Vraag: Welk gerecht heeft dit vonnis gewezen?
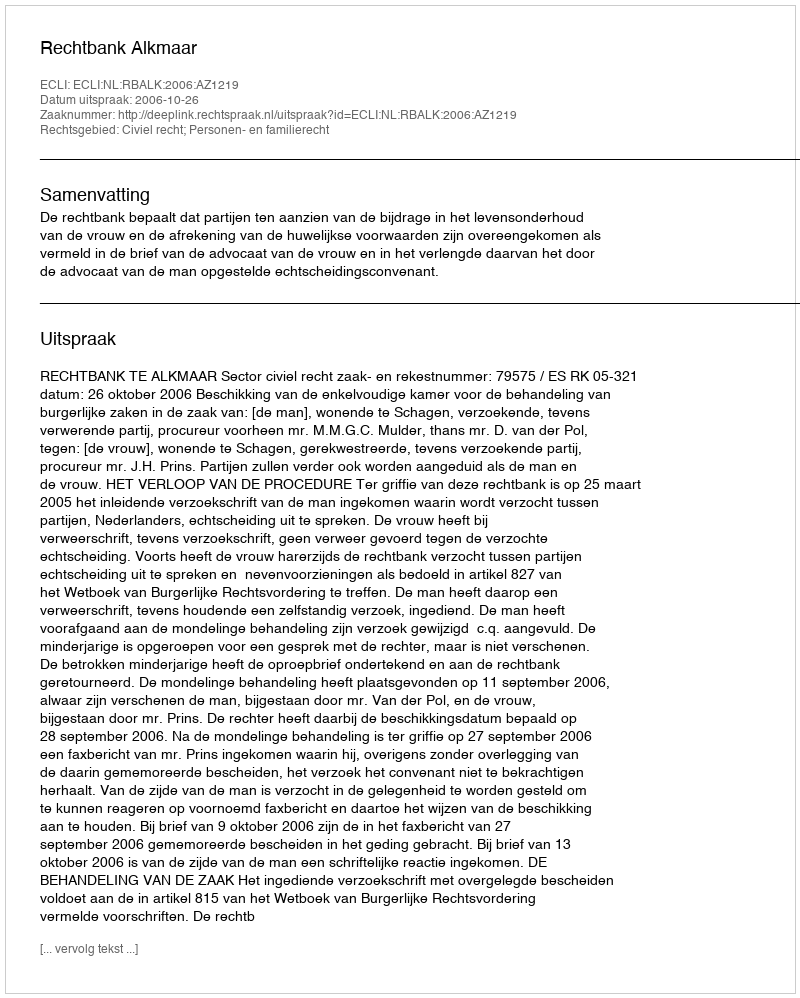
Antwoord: Rechtbank Alkmaar